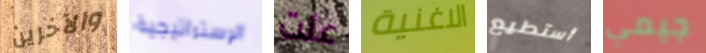
والآخرين الإستراتيجية عنت الاغنية أستطيع جيمي